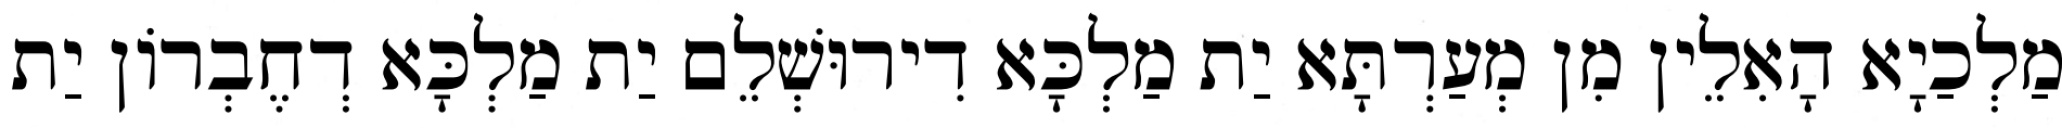
מַלְכַיָא הָאִלֵין מִן מְעַרְתָּא יַת מַלְכָּא דִירוּשְׁלֵם יַת מַלְכָּא דְחֶבְרוֹן יַת